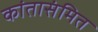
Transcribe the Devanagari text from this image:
कांतासंमित